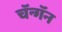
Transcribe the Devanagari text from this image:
चॅन्गॅन